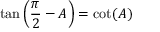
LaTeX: \tan \left( { \frac { \pi } { 2 } } - A \right) = \cot ( A )